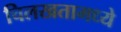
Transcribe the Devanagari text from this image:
चिलखतामध्ये